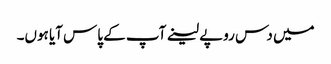
میں دس روپے لینے آپ کے پاس آیا ہوں۔